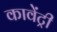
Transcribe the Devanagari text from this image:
कावेंट्री